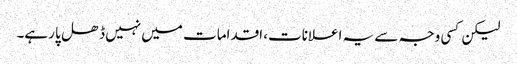
لیکن کسی وجہ سے یہ اعلانات، اقدامات میں نہیں ڈھل پا رہے۔